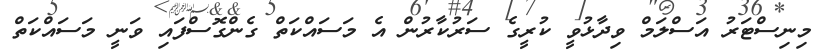
މިނިސްޓަރު އަސްލަމް ވިދާޅުވީ ކުރީގެ ސަރުކާރުން އެ މަސައްކަތް ގެންގޮސްފައި ވަނީ މަސައްކަތް